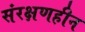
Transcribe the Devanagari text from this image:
संरक्षणहीन